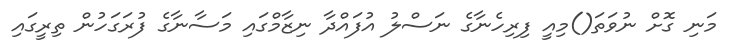
މަނި ގޮށް ނުވަތަ()މިއީ ފިރިހެނާގެ ނަސްލު އުފައްދާ ނިޒާމްގައި މަސާނާގެ ފުރަގަހުން ތިރީގައި